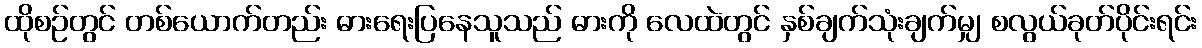
ထိုစဉ်တွင် တစ်ယောက်တည်း ဓားရေးပြနေသူသည် ဓားကို လေထဲတွင် နှစ်ချက်သုံးချက်မျှ စလွယ်ခုတ်ပိုင်းရင်း